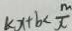
k x + b < \frac { m } { x }